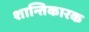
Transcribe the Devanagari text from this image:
शान्तिकारक